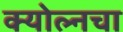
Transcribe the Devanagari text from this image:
क्योल्नचा